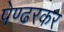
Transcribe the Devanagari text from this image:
पेण्ढरकर